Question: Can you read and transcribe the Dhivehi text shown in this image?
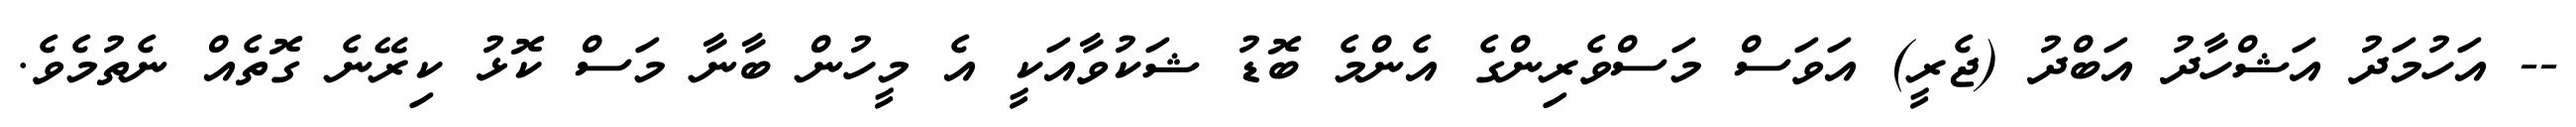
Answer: -- އަހުމަދު އަޝްހާދު އަބްދު (ޖެރީ) އަވަސް މަސްވެރިންގެ އެންމެ ބޮޑު ޝަކުވާއަކީ އެ މީހުން ބާނާ މަސް ކޮޅު ކިރޭނެ ގޮތެއް ނެތުމެވެ.